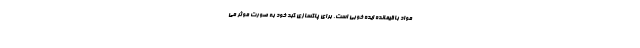
مواد باقیمانده ایده خوبی است. برای پاکسازی کبد خود به صورت موثر می